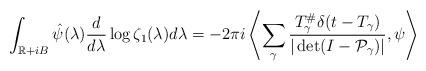
LaTeX: \begin{align*} \int_{\mathbb{R}+iB}\hat{\psi}(\lambda)\frac{d}{d\lambda}\log\zeta_1(\lambda)d\lambda=-2\pi i\left\langle \sum\limits_\gamma\frac{T_\gamma^\# \delta(t-T_\gamma)}{|\det(I-\mathcal{P}_\gamma)|},\psi\right\rangle\end{align*}